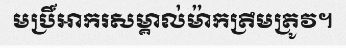
មប្រិ៍អាករសម្គាល់ម៉ាកត្រឹមត្រូវ។